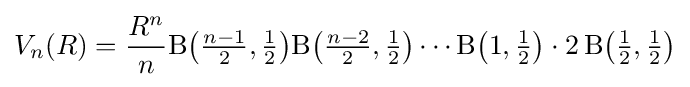
V_{n}(R)={\frac {R^{n}}{n}}\mathrm {B} {\bigl (}{\tfrac {n-1}{2}},{\tfrac {1}{2}}{\bigr )}\mathrm {B} {\bigl (}{\tfrac {n-2}{2}},{\tfrac {1}{2}}{\bigr )}\cdots \mathrm {B} {\bigl (}1,{\tfrac {1}{2}}{\bigr )}\cdot 2\,\mathrm {B} {\bigl (}{\tfrac {1}{2}},{\tfrac {1}{2}}{\bigr )}